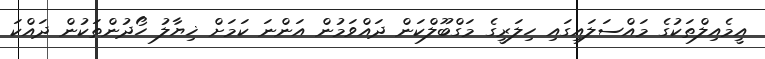
އީމެއިލްތަކުގެ މައްސަލައިގައި ހިލަރީގެ މަގްބޫލްކަން ދައްވަމުން އަންނަ ކަމަށް ޚިޔާލު ހޯދުންތަކުން ދައްކަ